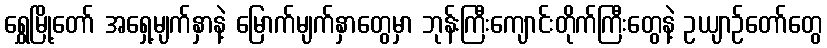
ရွှေမြို့တော် အရှေ့မျက်နှာနဲ့ မြောက်မျက်နှာတွေမှာ ဘုန်းကြီးကျောင်းတိုက်ကြီးတွေနဲ့ ဥယျာဉ်တော်တွေ